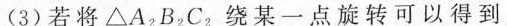
(3)若将△A_{2}B_{2}C_{2}，绕某一点旋转可以得到